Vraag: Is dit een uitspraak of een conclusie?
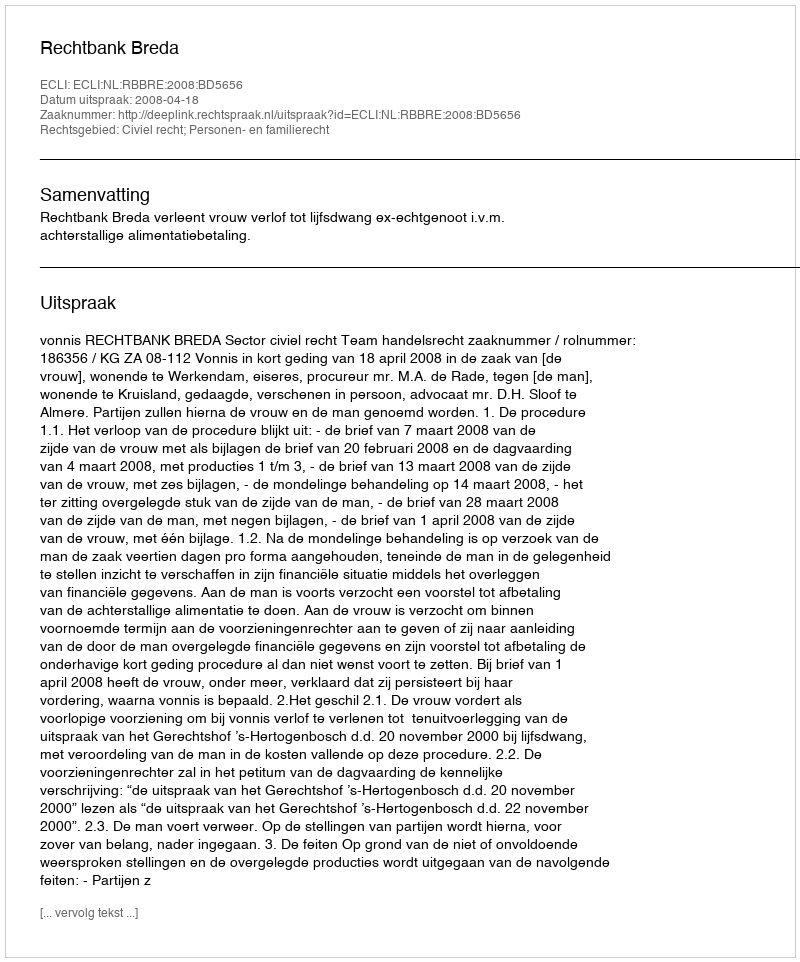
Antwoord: Uitspraak